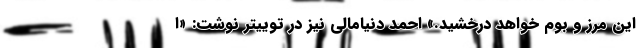
این مرز و بوم خواهد درخشید.» احمد دنیامالی نیز در توییتر نوشت: «ا